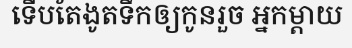
ទើបតែងូតទឹកឲ្យកូនរួច អ្នកម្តាយ